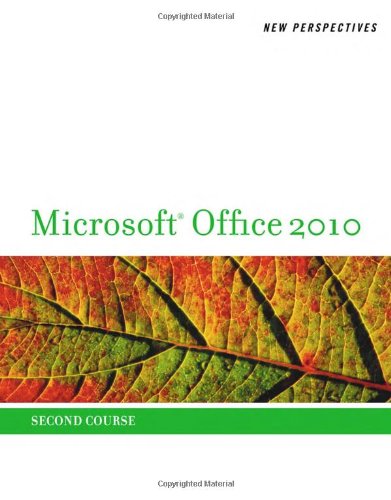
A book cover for New Perspectives on Microsoft Office 2010, Second Course (SAM 2010 Compatible Products); Ann Shaffer; Computers & Technology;